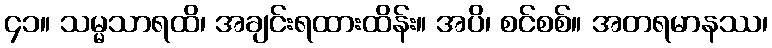
၄၁။ သမ္မသာရထိ၊ အချင်းရထားထိန်း။ အပိ၊ စင်စစ်။ အတရမာနဿ၊